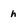
Character: h